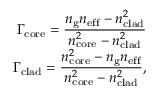
\begin{array} { r } { \Gamma _ { \mathrm { c o r e } } = \frac { \displaystyle n _ { \mathrm { g } } n _ { \mathrm { e f f } } - n _ { \mathrm { c l a d } } ^ { 2 } } { \displaystyle n _ { \mathrm { c o r e } } ^ { 2 } - n _ { \mathrm { c l a d } } ^ { 2 } } } \\ { \Gamma _ { \mathrm { c l a d } } = \frac { \displaystyle n _ { \mathrm { c o r e } } ^ { 2 } - n _ { \mathrm { g } } n _ { \mathrm { e f f } } } { \displaystyle n _ { \mathrm { c o r e } } ^ { 2 } - n _ { \mathrm { c l a d } } ^ { 2 } } , } \end{array}